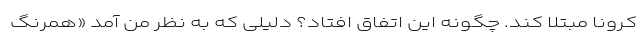
کرونا مبتلا کند. چگونه این اتفاق افتاد؟ دلیلی که به نظر من آمد «همرنگ